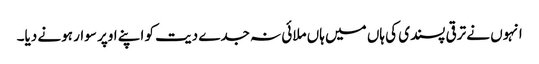
انہوں نے ترقی پسندی کی ہاں میں ہاں ملائی نہ جدے دیت کو اپنے اوپر سوار ہونے دیا۔